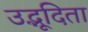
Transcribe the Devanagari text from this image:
उद्भूदिता